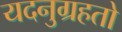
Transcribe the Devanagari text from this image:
यदनुग्रहतो